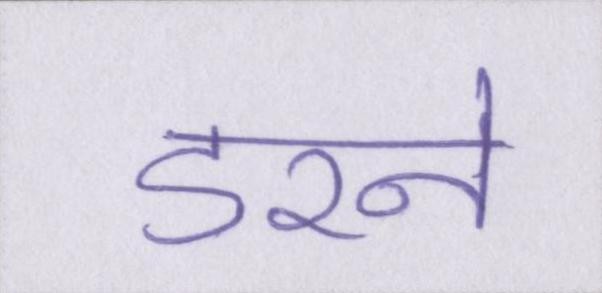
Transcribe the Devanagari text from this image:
डरने